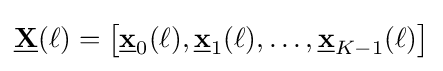
{\underline {\mathbf {X} }}(\ell )=\left[{\underline {\mathbf {x} }}_{0}(\ell ),{\underline {\mathbf {x} }}_{1}(\ell ),\dots ,{\underline {\mathbf {x} }}_{K-1}(\ell )\right]